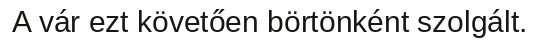
A vár ezt követően börtönként szolgált.